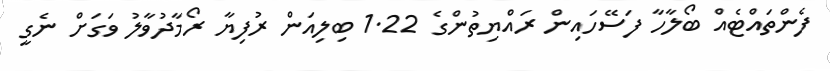
ފެންތައްޓެއް ބޯލާހާ ފަސޭހައިން ރައްޔިތުންގެ 1.22 ބިލިއަން ރުފިޔާ ރޯމާދުވާލު ވަގަށް ނެގީ